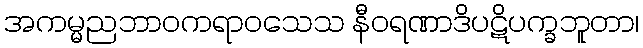
အကမ္မညဘာဝကရာဝသေသ နီဝရဏာဒိပဋိပက္ခဘူတာ၊